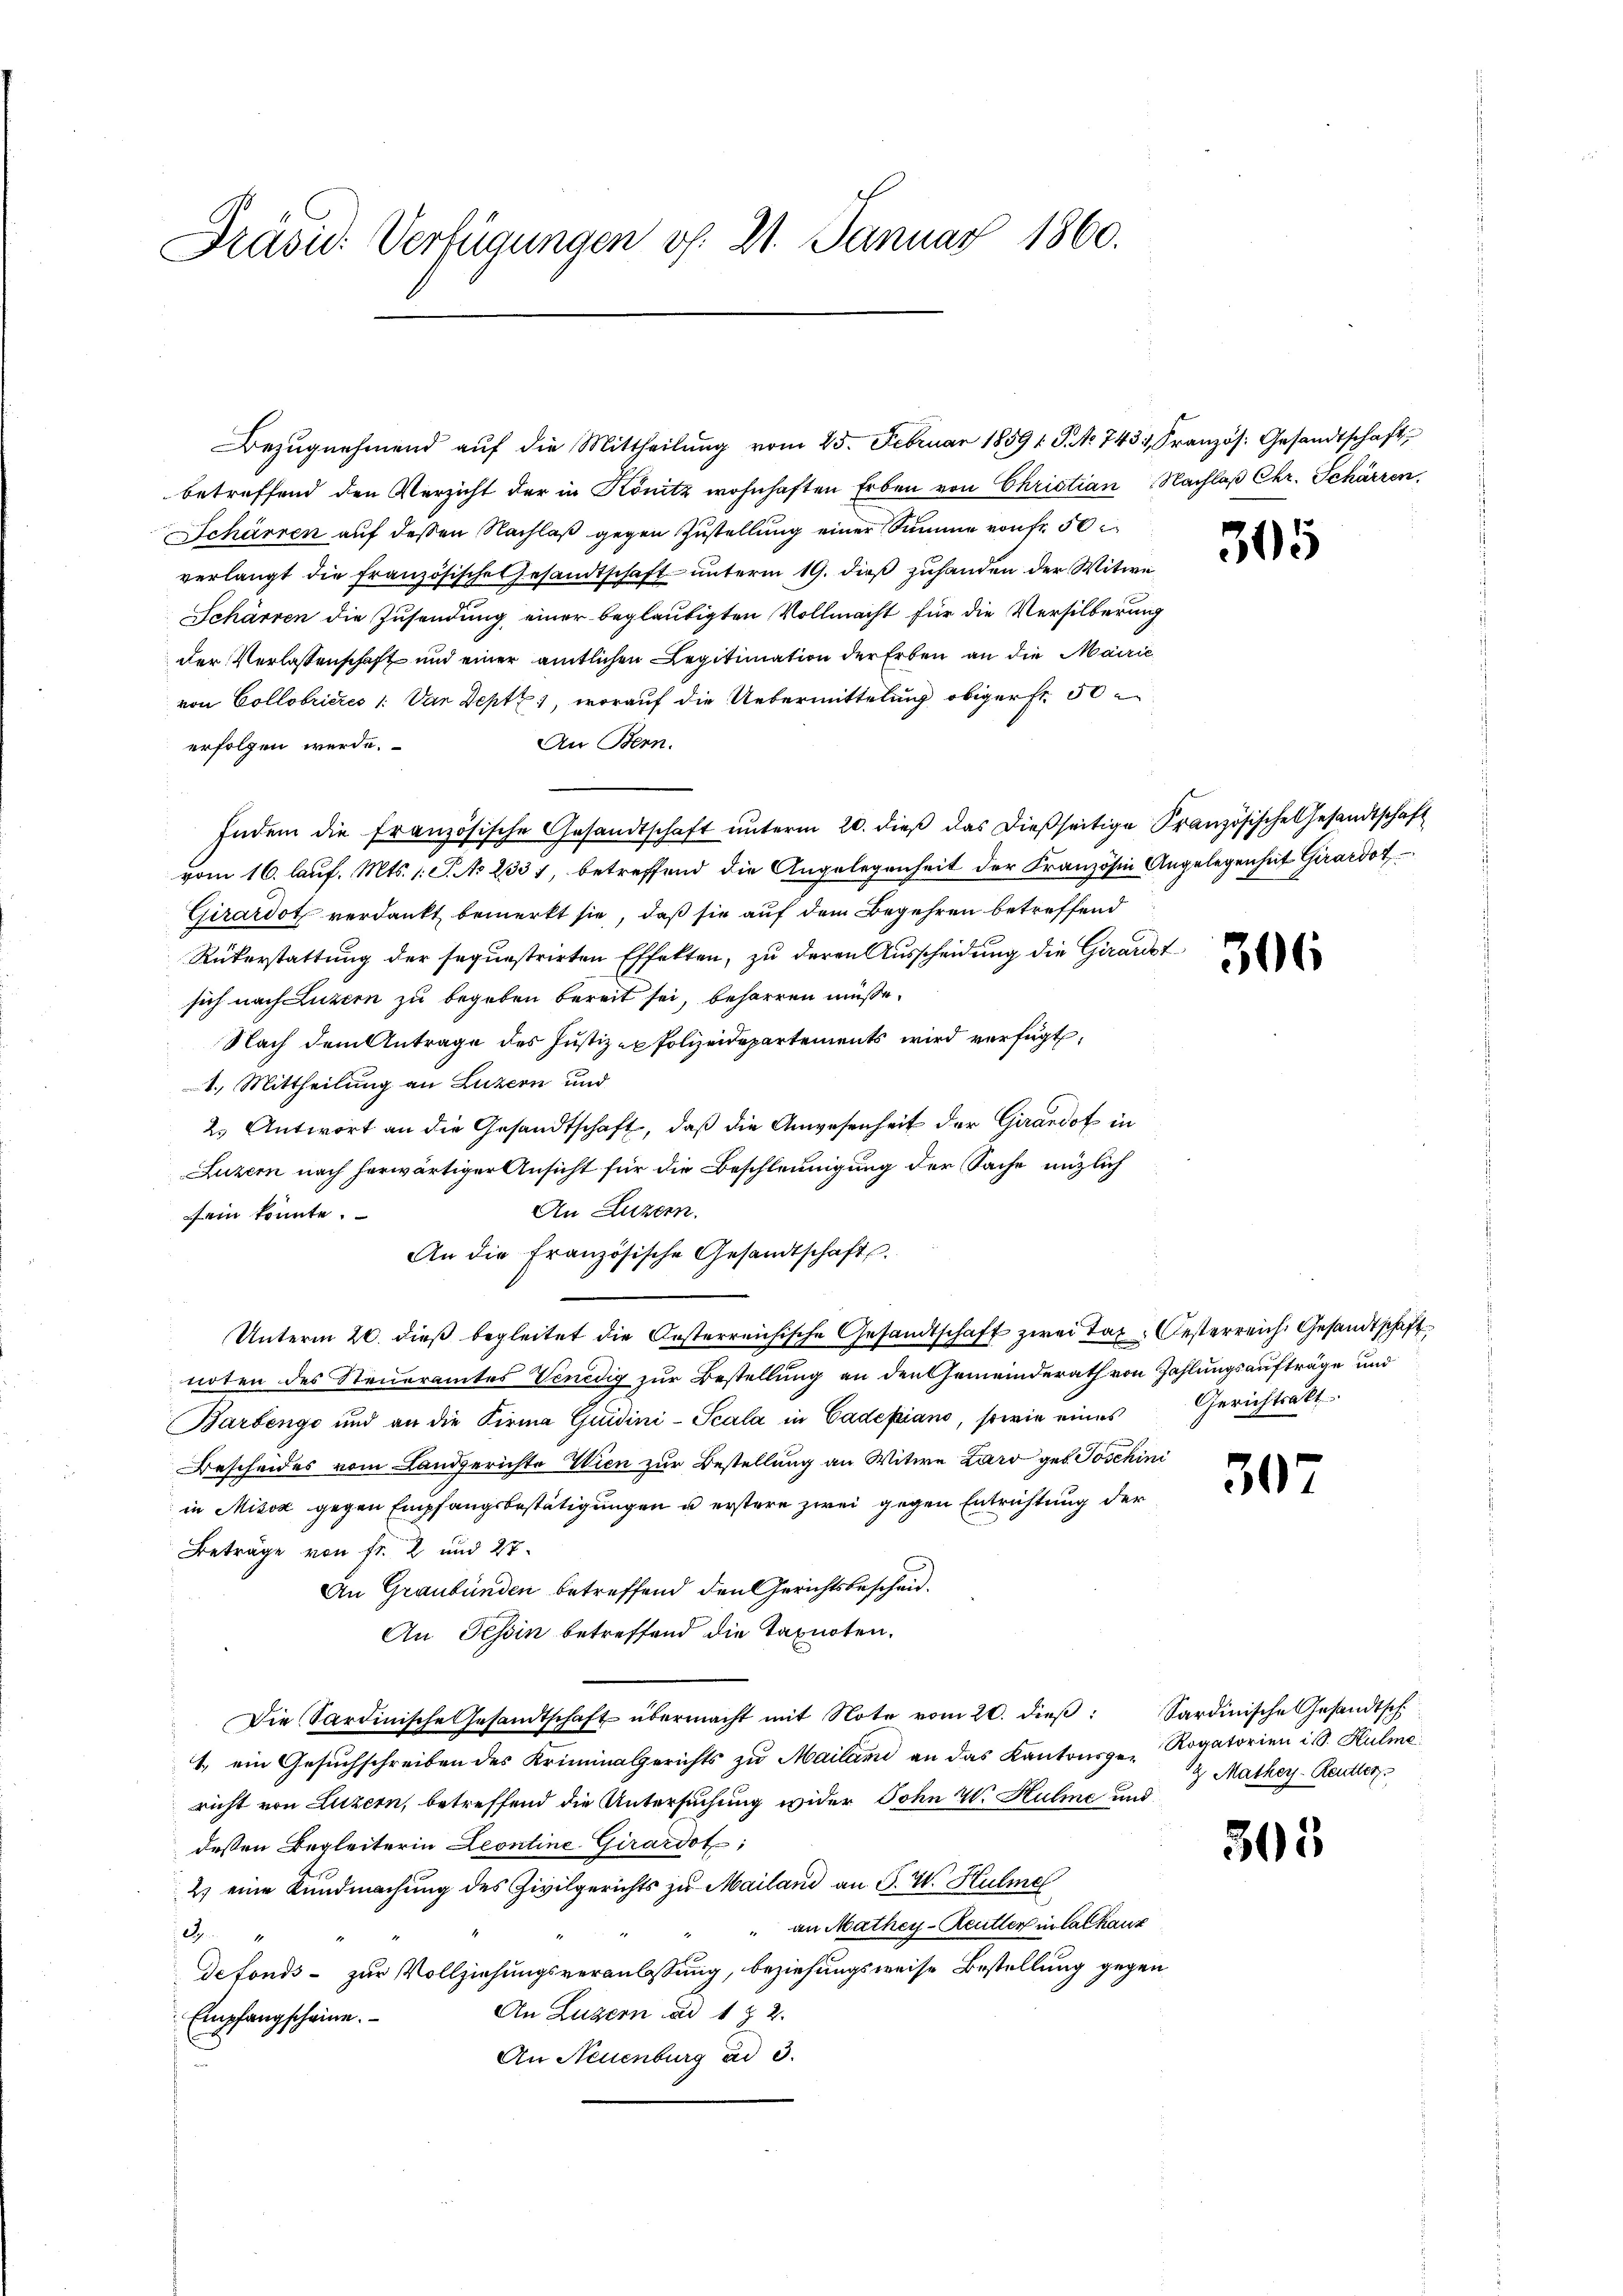
Präsid. Verfügungen v. 21. Januar 1860.

Bezŭgnehmend aŭf die Mittheilŭng vom 25. Februar 18591 S. Nr. 7431, Französ. Gesandtschaft
betreffend den Verzicht der in Könitz wohnhaften Erben von Christian Nachlaß Chr. Schärren
Schärren auf deßen Nachlaß gegen Zustellung einer Summe von fr. 50
verlangt die französische Gesandtschaft unterm 19. dieß zuhanden der Witwe
Schärren die Zusendung einer beglaubigten Vollmacht für die Versilberung
der Verlassenschaft und einer amtlichen Legitimation der Erben an die Mairić
von Collobrieres 1: Van Deptz), worauf die Uebermittelung obiger fr. 50
An Bern.
erfolgen werde.
Indem die französische Gesandtschaft ŭnterm 20. dieβ das dießseitige Französische Gesandtschaft
vom 16. lauf. Mts. 1. S. No 2331, betreffend die Angelegenheit der Französin Angelegenheit Girardot
Girardot verdankt bemerkt sie, daß sie auf dem Begehren betreffend
Rükerstattung der sequestrirten Effekten, zu deren Ausscheidung die Girardst
sich nach Luzern zu begeben bereit sei, beharren müsse.
Nach dem Antrage des Justiz- u Polizeidepartements wird verfügt,
1.) Mittheilung an Luzern und
2. Antwort an die Gesandtschaft, daß die Anwesenheit der Girardof in
Luzern nach herwärtiger Ansicht für die Beschleunigung der Sache müzlich
An Luzern.
sein konnte.
An die Französische Gesandtschaft.
Unterm 20. dieß begleitet die Oesterreichische Gesandtschaft zwei Tax Oesterreich. Gesandtschaft
noten des Steueramtes Venedig zur Bestellung an den Gemeinderath von Zahlungsaufträge und
Barbenge und an die Firma Guidini-Scala in Cadepiano, sowie eines Gerichtsakt
Bescheides vom Landgerichte Wien zur Bestellung an Witwe Laro geb. Joschini
in Misox gegen Empfangsbestätigungen u erstere zwei gegen Entrichtung der
Beträge von fr. 2 und 27.
An Graubünden betreffend den Gerichtsbescheid.
An Tessin betreffend die Taxnoten.
Die Sardinische Gesandtschaft übermacht mit Note vom 20. dieβ: Sardinische Gesandtsch
1. ein Gesuchschreiben des Kriminagerichts zu Mailand an das Kantonsge- Rogatorien ist. Hulme
richt von Luzern, betreffend die Untersuchung wider Sohn W. Hulme und
dessen Begleiterin Leontine Girardot;
2) eine Kundmachung des Civilgerichts zu Mailand an F. W. Hulme
 an Mathey-Reitler in Cathaus
dg
defonds- zur Vollziehungsveranlassung, beziehungsweise Bestellung gegen
An Luzern und 1 § 2.
Empfangscheine.
An Neuenburg ad 3.

305

306

50

z. Mathey-Reutter

305